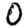
Digit: 0